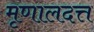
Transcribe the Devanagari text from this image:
मृणालदत्त